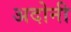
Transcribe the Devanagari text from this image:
अदोनी